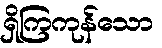
ရှိကြကုန်သော